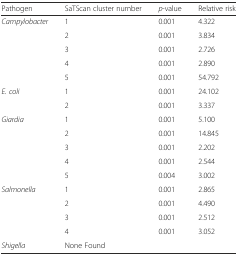
<table><thead><tr><td><b>Pathogen</b></td><td><b>SaTScan cluster number</b></td><td><b><i>p</i>-value</b></td><td><b>Relative risk</b></td></tr></thead><tbody><tr><td rowspan="5"><i>Campylobacter</i></td><td>1</td><td>0.001</td><td>4.322</td></tr><tr><td>2</td><td>0.001</td><td>3.834</td></tr><tr><td>3</td><td>0.001</td><td>2.726</td></tr><tr><td>4</td><td>0.001</td><td>2.890</td></tr><tr><td>5</td><td>0.001</td><td>54.792</td></tr><tr><td rowspan="2"><i>E. coli</i></td><td>1</td><td>0.001</td><td>24.102</td></tr><tr><td>2</td><td>0.001</td><td>3.337</td></tr><tr><td rowspan="5"><i>Giardia</i></td><td>1</td><td>0.001</td><td>5.100</td></tr><tr><td>2</td><td>0.001</td><td>14.845</td></tr><tr><td>3</td><td>0.001</td><td>2.202</td></tr><tr><td>4</td><td>0.001</td><td>2.544</td></tr><tr><td>5</td><td>0.004</td><td>3.002</td></tr><tr><td rowspan="4"><i>Salmonella</i></td><td>1</td><td>0.001</td><td>2.865</td></tr><tr><td>2</td><td>0.001</td><td>4.490</td></tr><tr><td>3</td><td>0.001</td><td>2.512</td></tr><tr><td>4</td><td>0.001</td><td>3.052</td></tr><tr><td><i>Shigella</i></td><td colspan="3">None Found</td></tr></tbody></table>